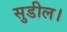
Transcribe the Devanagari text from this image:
सुडील।